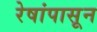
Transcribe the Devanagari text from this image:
रेषांपासून